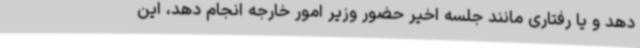
دهد و یا رفتاری مانند جلسه اخیر حضور وزیر امور خارجه انجام دهد، این